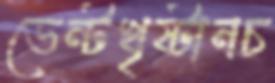
ভেন্টখৃষ্টানচ